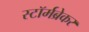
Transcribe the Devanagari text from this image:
स्टॉर्मब्रेकर